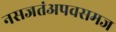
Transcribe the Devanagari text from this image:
नसजतंअपवसमज